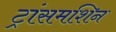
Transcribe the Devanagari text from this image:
ट्रांसमशिन